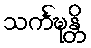
သင်္ကဍ္ဎန္တိ